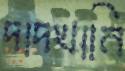
দাদখানি